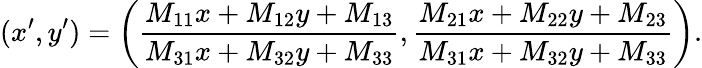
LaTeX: (x^{\prime},y^{\prime})=\left(\frac{M_{11}x+M_{12}y+M_{13}}{M_{31}x+M_{32}y+M_{33}},\frac{M_{21}x+M_{22}y+M_{23}}{M_{31}x+M_{32}y+M_{33}}\right).